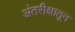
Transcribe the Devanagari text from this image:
अंतरीक्षातून